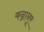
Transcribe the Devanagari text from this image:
कन्नानूर